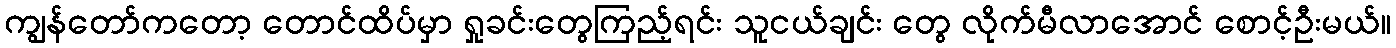
ကျွန်တော်ကတော့ တောင်ထိပ်မှာ ရှုခင်းတွေကြည့်ရင်း သူငယ်ချင်း တွေ လိုက်မီလာအောင် စောင့်ဦးမယ်။